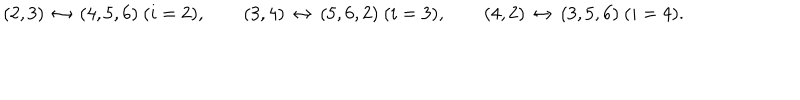
( 2 , 3 ) \, \leftrightarrow \, ( 4 , 5 , 6 ) \ ( i = 2 ) , \qquad ( 3 , 4 ) \, \leftrightarrow \, ( 5 , 6 , 2 ) \ ( i = 3 ) , \qquad ( 4 , 2 ) \, \leftrightarrow \, ( 3 , 5 , 6 ) \ ( i = 4 ) .